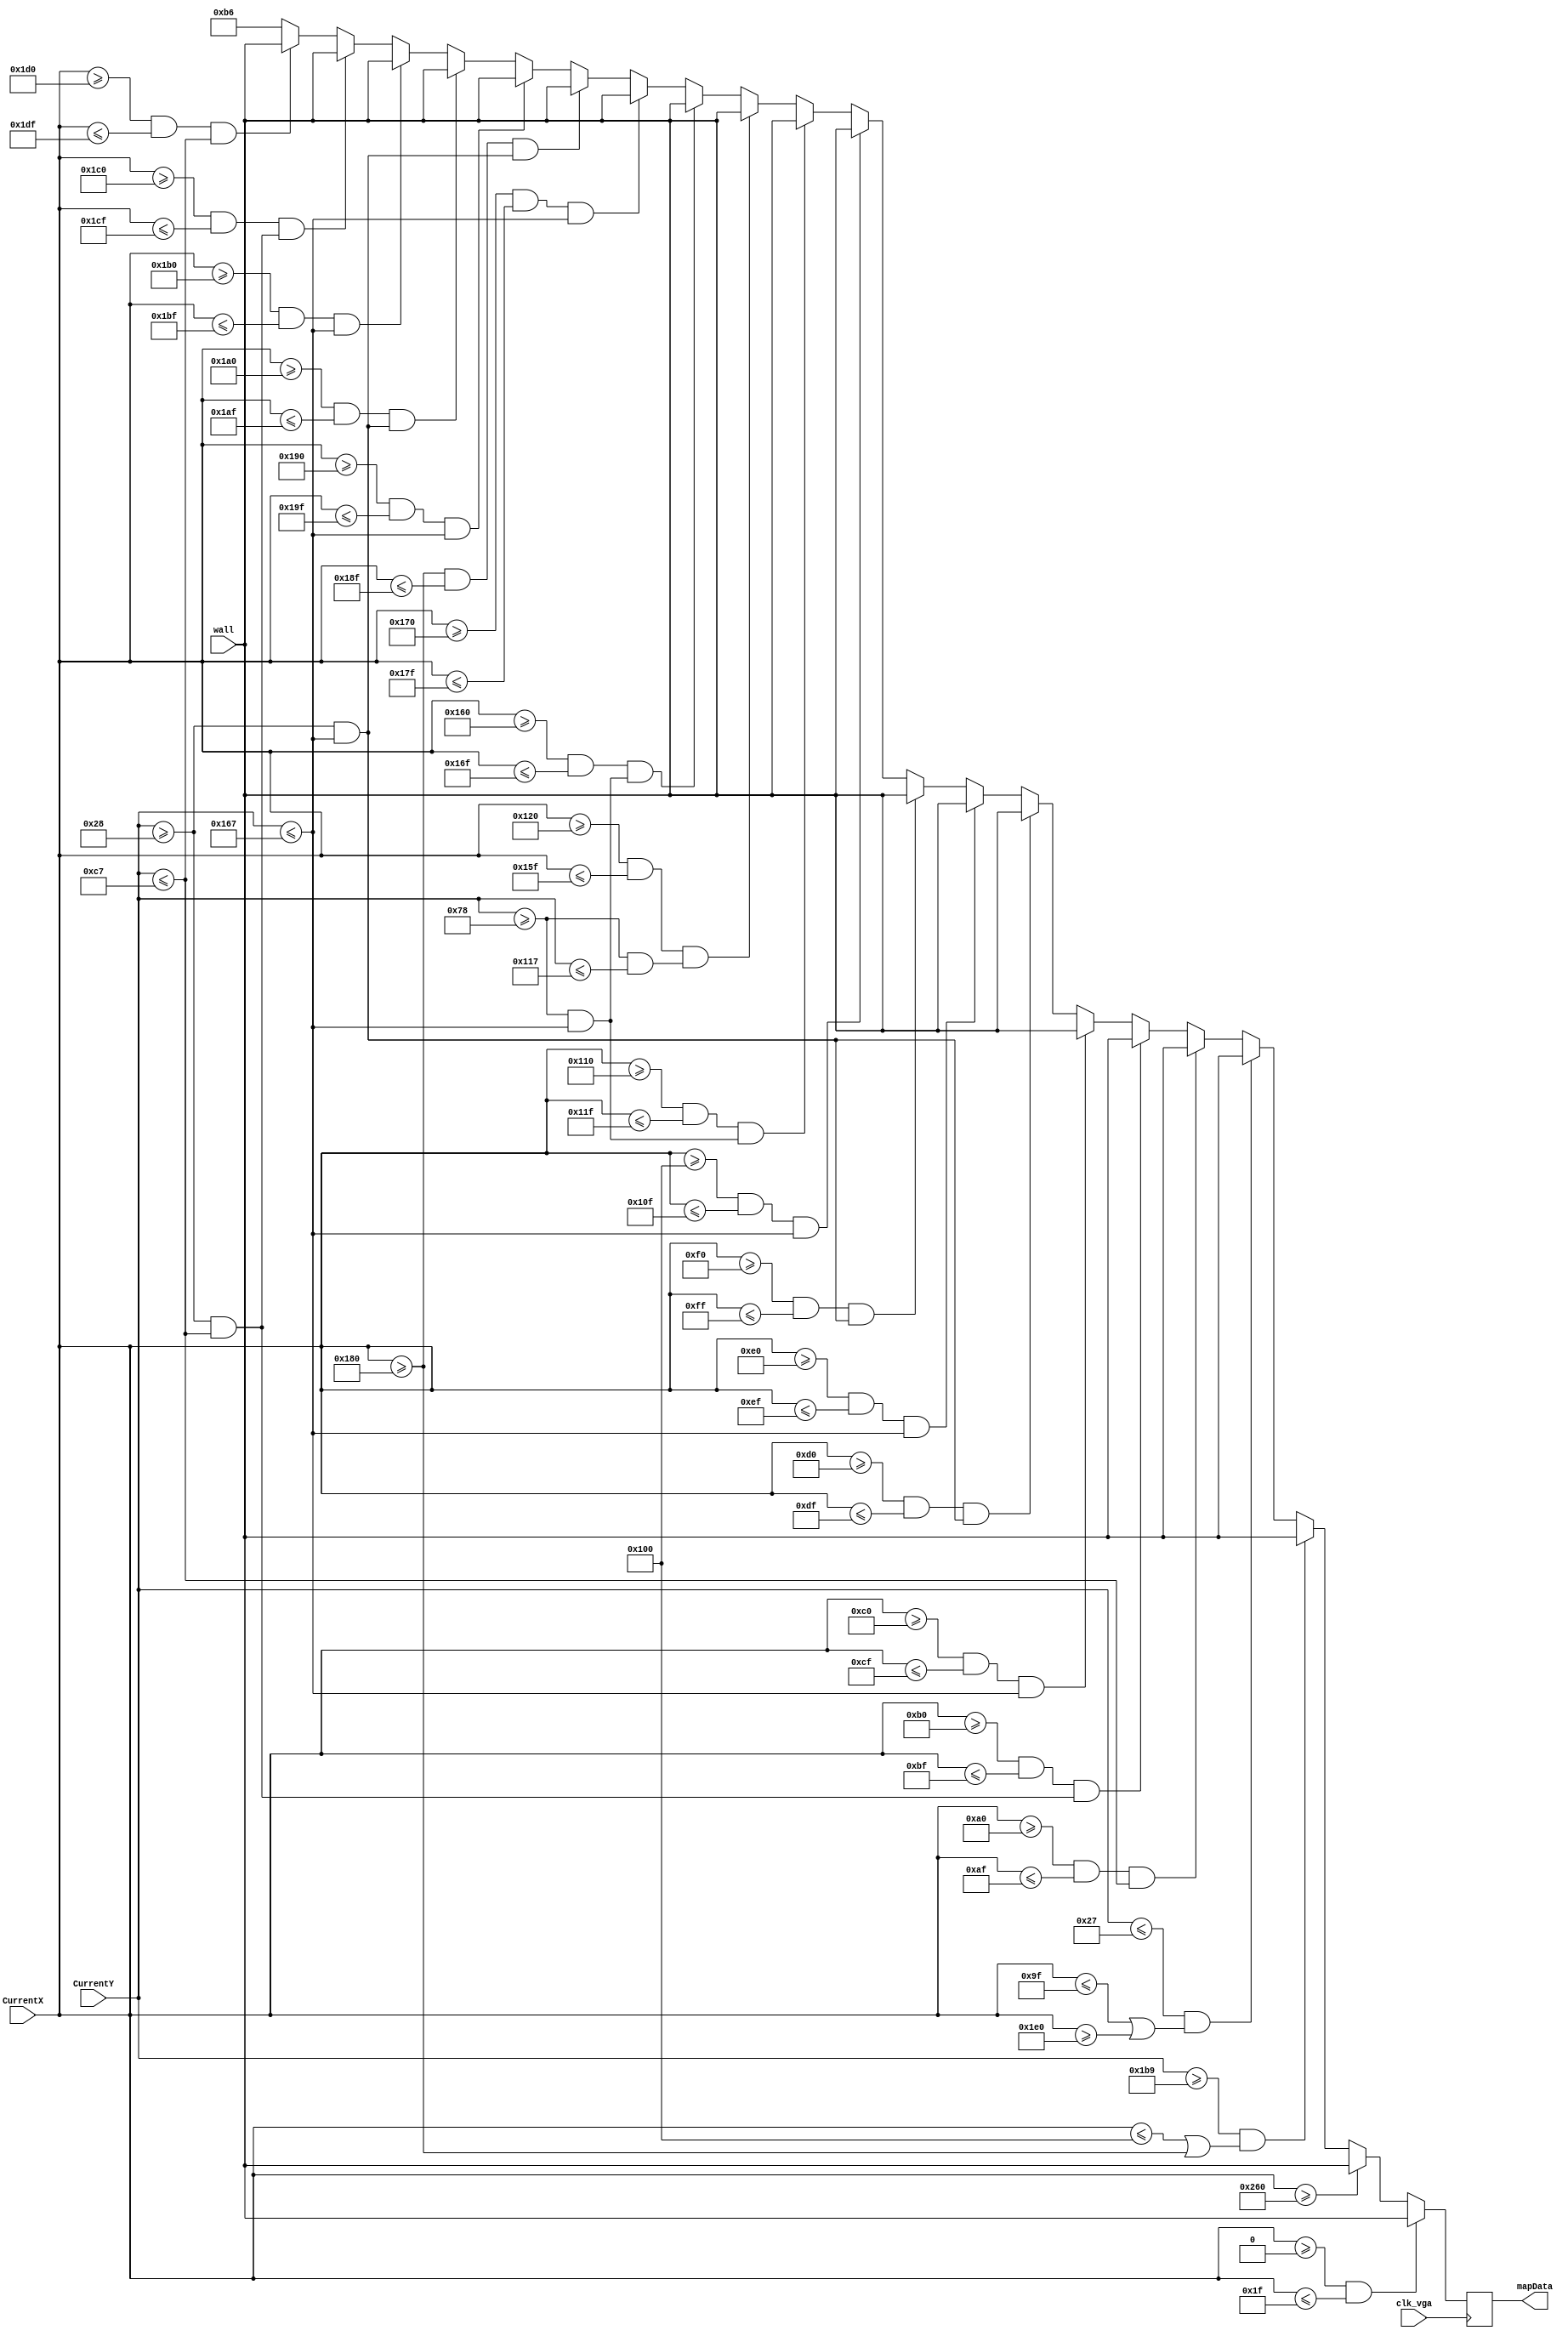
module Castle(clk_vga, CurrentX, CurrentY, mapData, wall);

	input clk_vga;
	input [9:0]CurrentX;
	input [8:0]CurrentY;
	input [7:0]wall;
	
	output [7:0]mapData;
	
	reg [7:0]mColor;


	//Screen is divided into 40 intervals of 16 pixels each in the x direction	
	always @(posedge clk_vga) begin
		
		//Left wall
		if(CurrentX >= 0 && CurrentX <= 31)
			mColor[7:0] <= wall;
		
		//Right wall
		else if(CurrentX >= 608)
			mColor[7:0] <= wall;
		
		//Bottom wall with door
		else if(CurrentY >=441 && ( (CurrentX <= 256) || (CurrentX >= 384) ) )
			mColor[7:0] <= wall;
		
		//Top wall less castle battlements and door
		else if(CurrentY <= 39 && ( (CurrentX <= 159) || (CurrentX >= 480) ) )
			mColor[7:0] <= wall;
		
		//From x == 160 to 175, inclusive
		else if( (CurrentX >= 160 && CurrentX <= 175) && (
			(CurrentY <= 199) ) )
			mColor[7:0] <= wall;
		
		//From x == 176 to 191, inclusive
		else if( (CurrentX >= 176 && CurrentX <= 191) && (
			(CurrentY >= 40 && CurrentY <= 199) ) )
			mColor[7:0] <= wall;
		
		//From x == 192 to 207, inclusive
		else if( (CurrentX >= 192 && CurrentX <= 207) && (
			(CurrentY <= 359) ) )
			mColor[7:0] <= wall;
		
		//From x == 208 to 223, inclusive
		else if( (CurrentX >= 208 && CurrentX <= 223) && (
			(CurrentY >= 40 && CurrentY <= 359) ) )
			mColor[7:0] <= wall;
		
		//From x == 224 to 239, inclusive
		else if( (CurrentX >= 224 && CurrentX <= 239) && (
			(CurrentY <= 359) ) )
			mColor[7:0] <= wall;
		
		//From x == 240 to 255, inclusive
		else if( (CurrentX >= 240 && CurrentX <= 255) && (
			(CurrentY >= 40 && CurrentY <= 359) ) )
			mColor[7:0] <= wall;
		
		//From x == 256 to 271, inclusive
		else if( (CurrentX >= 256 && CurrentX <= 271) && (
			(CurrentY <= 359) ) )
			mColor[7:0] <= wall;
		
		//From x == 272 to 287, inclusive
		else if( (CurrentX >= 272 && CurrentX <= 287) && (
			(CurrentY >= 120 && CurrentY <= 359) ) )
			mColor[7:0] <= wall;
		
		//From x == 288 to 351, inclusive
		else if( (CurrentX >= 288 && CurrentX <= 351) && (
			(CurrentY >= 120 && CurrentY <= 279) ) )
			mColor[7:0] <= wall;
		
		//From x == 352 to 367, inclusive
		else if( (CurrentX >= 352 && CurrentX <= 367) && (
			(CurrentY >= 120 && CurrentY <= 359) ) )
			mColor[7:0] <= wall;
		
		//From x == 368 to 383, inclusive
		else if( (CurrentX >= 368 && CurrentX <= 383) && (
			(CurrentY <= 359) ) )
			mColor[7:0] <= wall;
		
		//From x == 384 to 399, inclusive
		else if( (CurrentX >= 384 && CurrentX <= 399) && (
			(CurrentY >= 40 && CurrentY <= 359) ) )
			mColor[7:0] <= wall;
		
		//From x == 400 to 415, inclusive
		else if( (CurrentX >= 400 && CurrentX <= 415) && (
			(CurrentY <= 359) ) )
			mColor[7:0] <= wall;
		
		//From x == 416 to 431, inclusive
		else if( (CurrentX >= 416 && CurrentX <= 431) && (
			(CurrentY >= 40 && CurrentY <= 359) ) )
			mColor[7:0] <= wall;
		
		//From x == 432 to 447, inclusive
		else if( (CurrentX >= 432 && CurrentX <= 447) && (
			(CurrentY <= 359) ) )
			mColor[7:0] <= wall;
		
		//From x == 448 to 463, inclusive
		else if( (CurrentX >= 448 && CurrentX <= 463) && (
			(CurrentY >= 40 && CurrentY <= 199) ) )
			mColor[7:0] <= wall;
		
		//From x == 464 to 479, inclusive
		else if( (CurrentX >= 464 && CurrentX <= 479) && (
			(CurrentY <= 199) ) )
			mColor[7:0] <= wall;
		
		//floor area - grey
		else
			mColor[7:0] <= 8'b10110110;
			
	end
		
	assign mapData = mColor;

endmodule